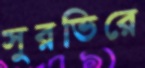
সুরভিরে